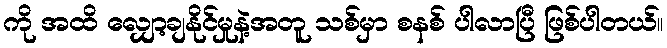
ကို အထိ လျှော့ချနိုင်မှုနဲ့အတူ သစ်မှာ စနစ် ပါလာပြီ ဖြစ်ပါတယ်။